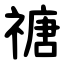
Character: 禟